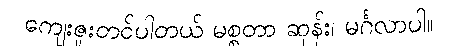
ကျေးဇူးတင်ပါတယ် မစ္စတာ ဆုန်း၊ မင်္ဂလာပါ။